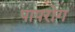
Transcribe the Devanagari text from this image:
पापरोग